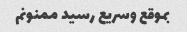
بموقع وسریع رسید ممنونم